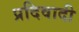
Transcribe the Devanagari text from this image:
प्रदिवादी